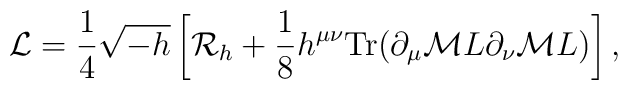
{\cal L}={1\over 4}\sqrt{-h}\left[{\cal R}_{h}+{1\over 8}h^{\mu\nu}{\rm Tr}(\partial_{\mu}{\cal M}L\partial_{\nu}{\cal M}L)\right],